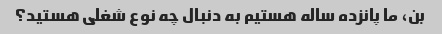
بن، ما پانزده ساله هستیم به دنبال چه نوع شغلی هستید؟